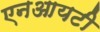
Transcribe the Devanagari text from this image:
एनआयटी